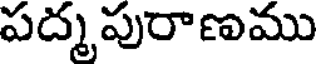
పద్మపురాణము